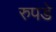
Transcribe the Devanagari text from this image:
रुपडे